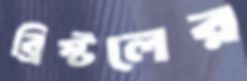
ব্রিস্টলের